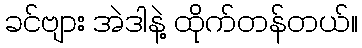
ခင်ဗျား အဲဒါနဲ့ ထိုက်တန်တယ်။